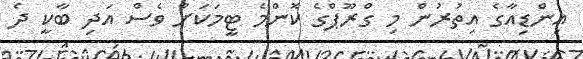
އިންޑިއާގެ އިތުރުން މި ގްރޫޕްގެ ކޮންމެ ޓީމަކަށް ވެސް އަދި ބާކީ ދެ